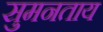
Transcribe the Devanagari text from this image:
सुमनताय